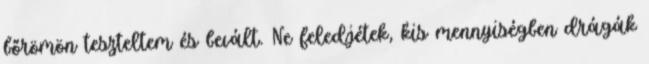
bőrömön teszteltem és bevált. Ne feledjétek, kis mennyiségben drágák